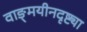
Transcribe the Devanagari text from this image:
वाङ्‌मयीनदृष्ट्या